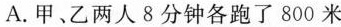
A.甲、乙两人8分钟各跑了800米